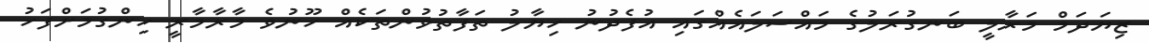
ޒިޔަދަމް މަރާލީ ބަނގުރަލުގެ މައްސަަލައެއްގައި އުފެދުނު ހިޔާލު ތަފާތުވުންތަކެއް ހޫނުވެ މާރާމާރީ ހިންގުމަށްފަހު